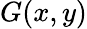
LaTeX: G(x,y)